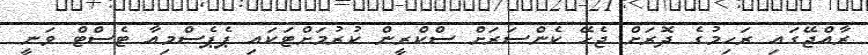
ރާއްޖޭގައި ރަހިމުގެ ދޮރަށް ޖެހޭ ކެންސަރަށް ސްކްރީން ކުރުމަށްޓަކައި ޕެޕެސްމިއާ ޓެސްޓް ވަނީ